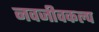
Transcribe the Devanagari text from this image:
नवजीवकल्प